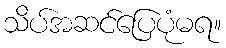
သိပ်အဆင်ပြေပုံမရ။